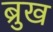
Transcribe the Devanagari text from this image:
ब्रुख